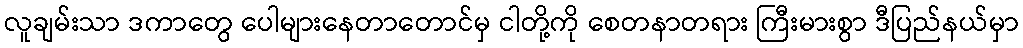
လူချမ်းသာ ဒကာတွေ ပေါများနေတာတောင်မှ ငါတို့ကို စေတနာတရား ကြီးမားစွာ ဒီပြည်နယ်မှာ